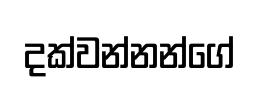
දක්වන්නන්ගේ